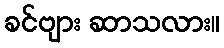
ခင်ဗျား ဆာသလား။